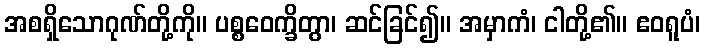
အစရှိသောဂုဏ်တို့ကို။ ပစ္စဝေက္ခိတွာ၊ ဆင်ခြင်၍။ အမှာကံ၊ ငါတို့၏။ ဧဝရူပံ၊